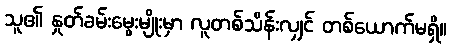
သူ၏ နှုတ်ခမ်းမွေးမျိုးမှာ လူတစ်သိန်းလျှင် တစ်ယောက်မရှိ။